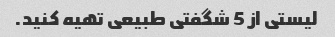
لیستی از 5 شگفتی طبیعی تهیه کنید.